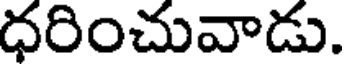
ధరించువాడు.